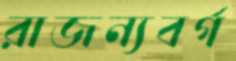
রাজন্যবর্গ